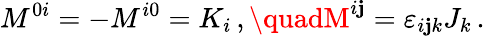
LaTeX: M^{0i}=-M^{i0}=K_{i}\, ,\quadM^{i\mathbf{j}}=\varepsilon_{i\mathbf{j}k}J_{k}\, .